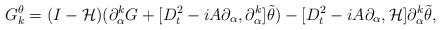
LaTeX: \begin{align*}G_k^{\theta}=(I-\mathcal{H})(\partial_{\alpha}^kG+[D_t^2-iA\partial_{\alpha}, \partial_{\alpha}^k]\tilde{\theta})-[D_t^2-iA\partial_{\alpha},\mathcal{H}]\partial_{\alpha}^k\tilde{\theta},\end{align*}